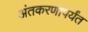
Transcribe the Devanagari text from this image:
अंतकरणापर्यंत